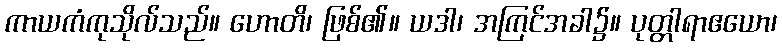
ကာယကံကုသိုလ်သည်။ ဟောတိ၊ ဖြစ်၏။ ယဒါ၊ အကြင်အခါ၌။ ပုတ္တါရာဧယော၊